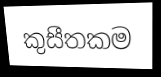
කුසීතකම